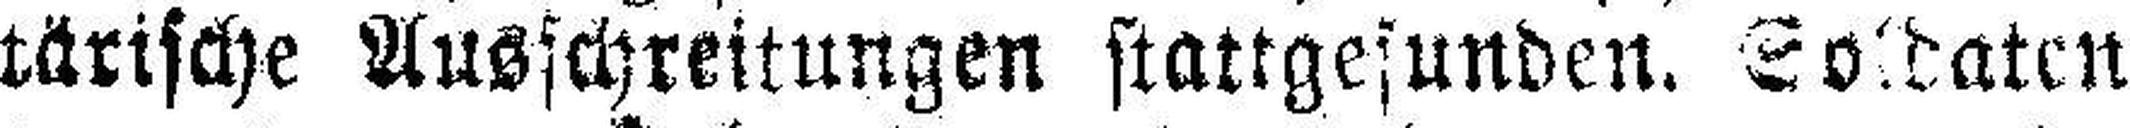
tärische Ausschreitungen stattgesunden. Soldaten